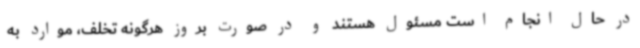
در حال انجام است مسئول هستند و در صورت بروز هرگونه تخلف، موارد به